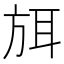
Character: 𭤶